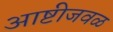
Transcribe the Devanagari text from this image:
आष्टीजवळ